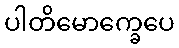
ပါတိမောက္ခေပေ